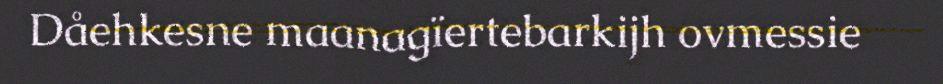
Dåehkesne maanagïertebarkijh ovmessie